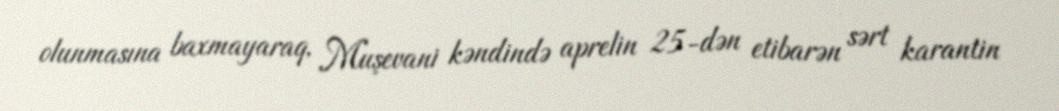
olunmasına baxmayaraq, Muşevani kəndində aprelin 25-dən etibarən sərt karantin